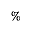
\%